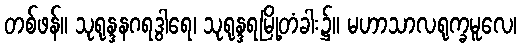
တစ်ဖန်။ သုရုန္ဒနဂရဒွါရေ၊ သုရုန္ဒရမြို့တံခါး၌။ မဟာသာလရုက္ခမူလေ၊